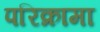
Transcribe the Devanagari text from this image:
परिक्रामा